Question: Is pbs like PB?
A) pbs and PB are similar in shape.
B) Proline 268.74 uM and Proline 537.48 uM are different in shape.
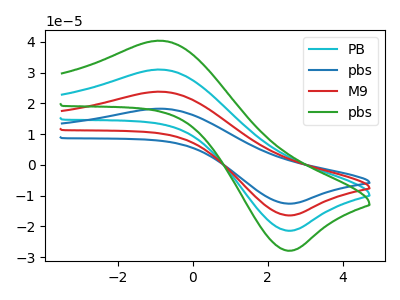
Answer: <think>The cyan curve "PB" has an anodic peak at (-0.90V, 30.95uA) and a cathodic peak at (2.65V, -21.40uA). The blue curve "pbs" has an anodic peak at (-0.90V, 92.90uA) and a cathodic peak at (2.65V, -64.25uA). The red curve "M9" has an anodic peak at (-0.90V, 61.95uA) and a cathodic peak at (2.65V, -42.85uA). The green curve "pbs" has an anodic peak at (-0.90V, 40.35uA) and a cathodic peak at (2.65V, -27.90uA).
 All the peaks in "pbs" have a peak in "PB" at the same potential. Every peak in "pbs" is higher than every peak in "PB".</think>
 <answer>A) "pbs" and "PB" are similar in shape.</answer>
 <eval>A</eval>